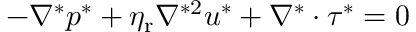
\begin{array} { r } { - \nabla ^ { * } p ^ { * } + \eta _ { \mathrm { r } } \nabla ^ { * 2 } \boldsymbol { u } ^ { * } + \nabla ^ { * } \cdot \boldsymbol { \tau } ^ { * } = \boldsymbol { 0 } } \end{array}